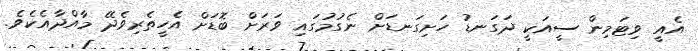
އެއީ ވިޓަމިން ސީއަކީ ދަގަނޑު ހަށިގަނޑަށް ނެގުމުގައި ވަރަށް ބޮޑަށް އެހީތެރިވެދޭ މާއްދާއެކެވެ.